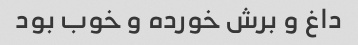
داغ و برش خورده و خوب بود